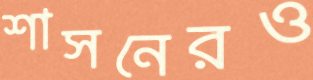
শাসনেরও